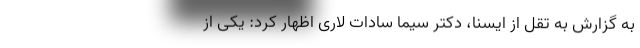
به گزارش به تقل از ایسنا، دکتر سیما سادات لاری اظهار کرد: یکی از